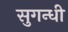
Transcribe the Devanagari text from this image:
सुगन्धी